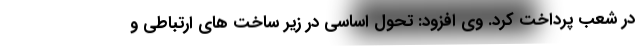
در شعب پرداخت کرد. وی افزود: تحول اساسی در زیر ساخت های ارتباطی و